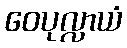
ဝေပုလ္လာယံ